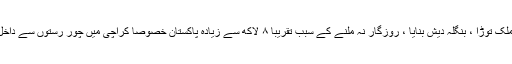
ستم یہ ہے کہ وہی بنگالی جنہوں نے اپنا ملک توڑا ، بنگلہ دیش بنایا ، روزگار نہ ملنے کے سبب تقریباً ۸ لاکھ سے زیادہ پاکستان خصوصاً کراچی میں چور رستوں سے داخل ہو گئے اور اچھی زندگی گزارنے لگے۔